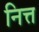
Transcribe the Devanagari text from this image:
नित्त